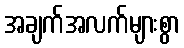
အချက်အလက်များစွာ